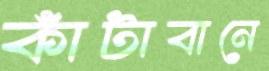
কাঁটাবানে